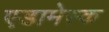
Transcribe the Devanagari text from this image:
एडामेस्क